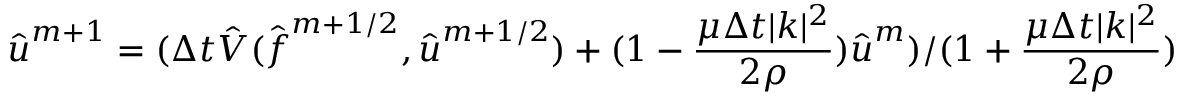
\hat { \boldsymbol u } ^ { m + 1 } = ( \Delta t \hat { V } ( \hat { \boldsymbol f } ^ { m + 1 / 2 } , \hat { \boldsymbol u } ^ { m + 1 / 2 } ) + ( 1 - \frac { \mu \Delta t | \boldsymbol k | ^ { 2 } } { 2 \rho } ) \hat { \boldsymbol u } ^ { m } ) / ( 1 + \frac { \mu \Delta t | \boldsymbol k | ^ { 2 } } { 2 \rho } )